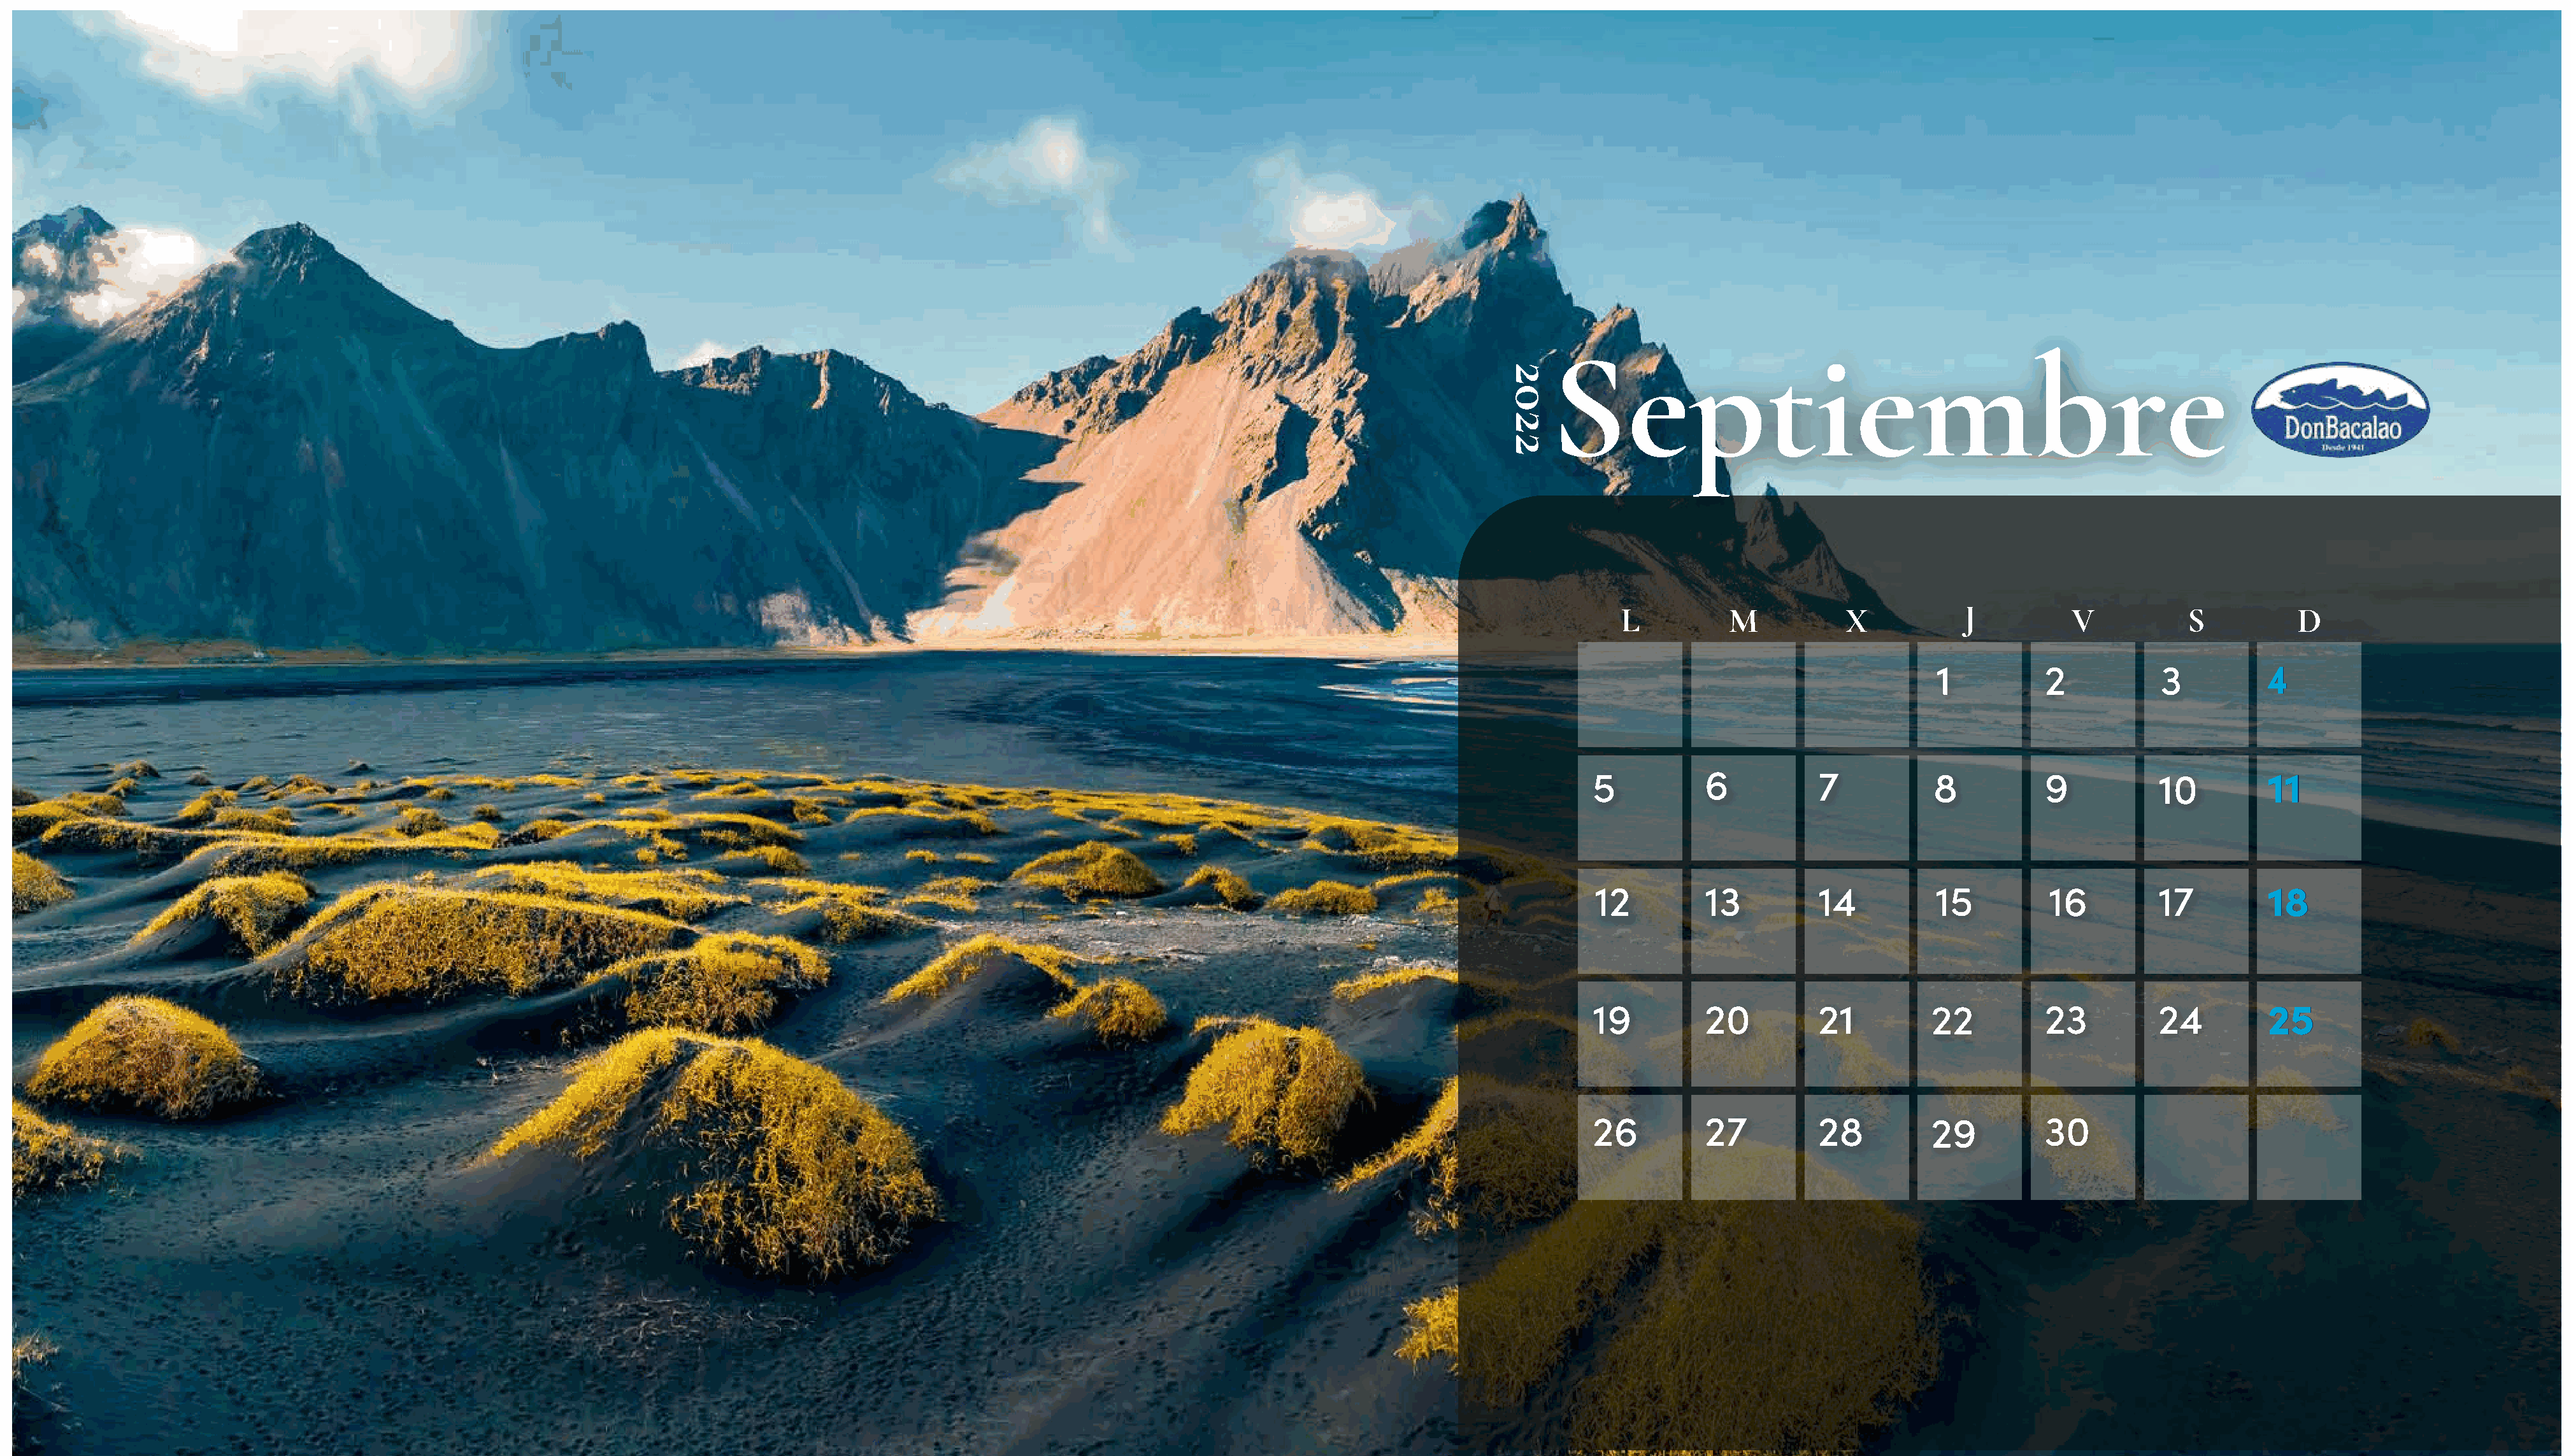
Septiembre
 L           M           X           J          V           S           D
 1          2            3          44
 5           6           7           8          9           10          1111
 12         13          14          15          16         17          1188
 19          20          21          22         23          24          2255
 26          27          28          29         30
 2022